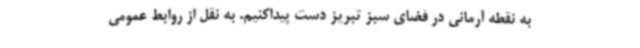
به نقطه آرمانی در فضای سبز تبریز دست پیداکنیم. به نقل از روابط عمومی